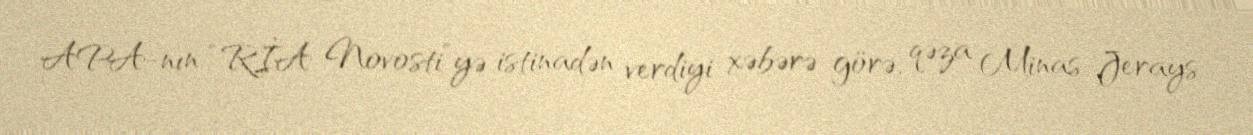
APA-nın “RİA Novosti”yə istinadən verdiyi xəbərə görə, qəza Minas-Jerays